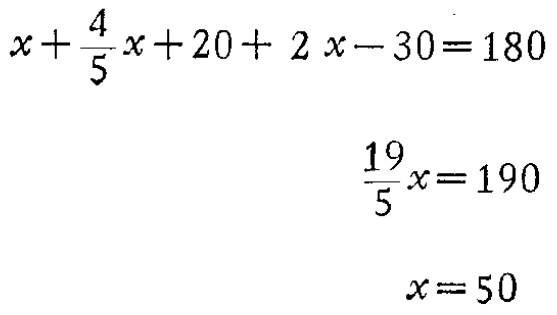
\[

\begin{align*}

x+\frac{4}{5}x + 20+2x - 30&=180\\

\frac{19}{5}x&=190\\

x&=50

\end{align*}

\]